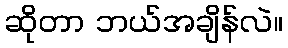
ဆိုတာ ဘယ်အချိန်လဲ။